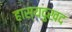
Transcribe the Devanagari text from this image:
हास्यदुखद